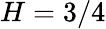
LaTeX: H=3/4